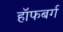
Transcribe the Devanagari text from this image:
हॉफबर्ग